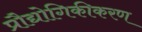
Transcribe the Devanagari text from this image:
प्रौद्योगिकीकरण